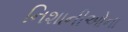
નિશાનીઓના